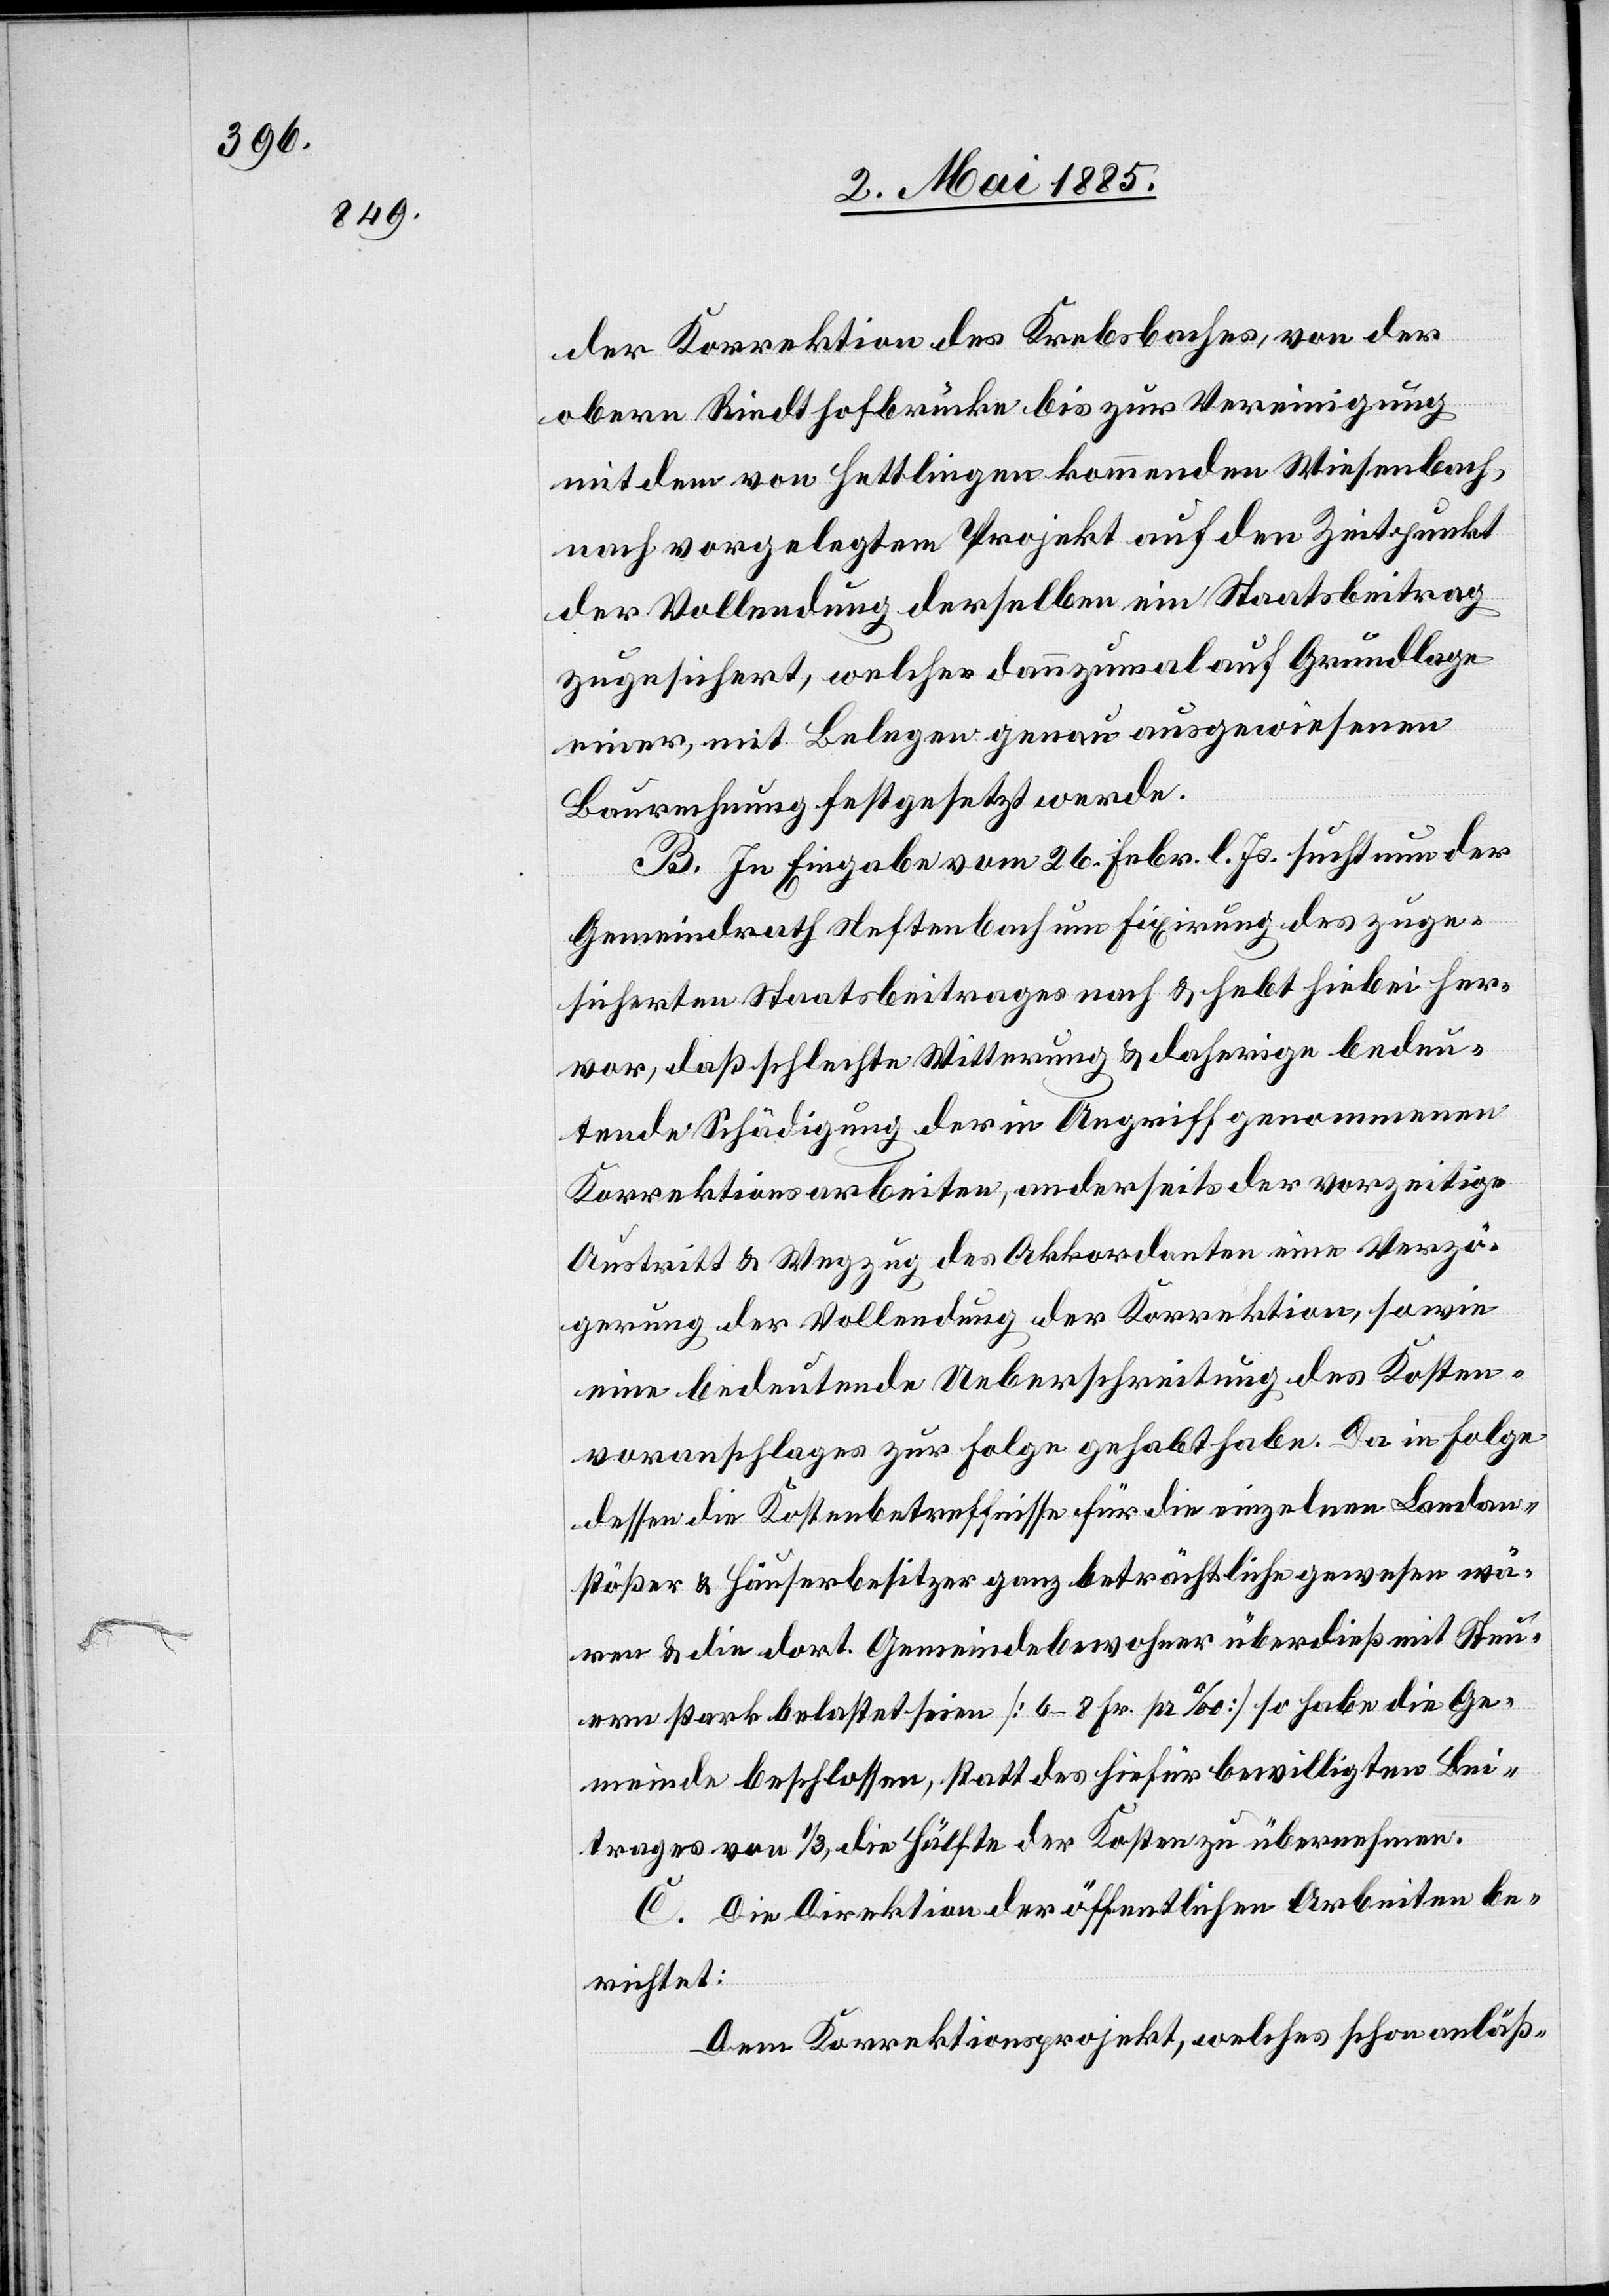
der Korrektion des Krebsbaches, von der
obern Riedthofbrücke bis zur Vereinigung
mit dem von Hettlingen kommenden Wiesenbach,
nach vorgelegtem Projekt auf den Zeitpunkt
der Vollendung derselben ein Staatsbeitrag
zugesichert, welcher dannzumal auf Grundlage
einer, mit Belegen genau ausgewiesenen
Baurechnung festgesetzt werde.
B. In Eingabe vom 26. Febr. l. Js. sucht nun der
Gemeindrath Neftenbach um Fixirung des zuge¬
sicherten Staatsbeitrages nach & hebt hiebei her¬
vor, daß schlechte Witterung & daherige bedeu¬
tende Schädigung der in Angriff genommenen
Korrektionsarbeiten, anderseits der vorzeitige
Austritt & Wegzug des Akkordanten eine Verzö¬
gerung der Vollendung der Korrektion, sowie
eine bedeutende Ueberschreitung des Kosten¬
voranschlages zur Folge gehabt habe. Da in Folge
dessen die Kostenbetreffnisse für die einzelnen Landan¬
stößer & Häuserbesitzer ganz beträchtliche gewesen wä¬
ren & die dort. Gemeindebewohner überdieß mit Steu¬
ern stark belastet seien [6–8 Fr. p. ‰] so habe die Ge¬
meinde beschlossen, statt des hiefür bewilligten Bei¬
trages von 1/3, die Hälfte der Kosten zu übernehmen.
C. Die Direktion der öffentlichen Arbeiten be¬
richtet:
Dem Korrektionsprojekt, welches schon anläß-